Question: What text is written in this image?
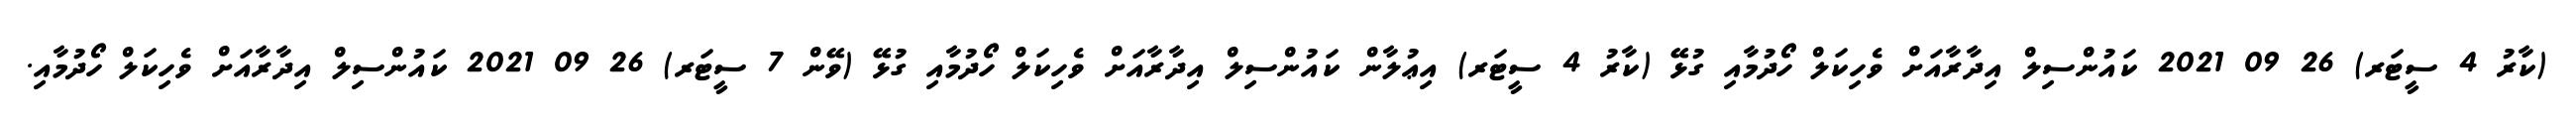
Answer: (ކާރު 4 ސީޓަރ) 26 09 2021 ކައުންސިލް އިދާރާއަށް ވެހިކަލް ހޯދުމާއި ގުޅޭ (ކާރު 4 ސީޓަރ) އިޢުލާން ކައުންސިލް އިދާރާއަށް ވެހިކަލް ހޯދުމާއި ގުޅޭ (ވޭން 7 ސީޓަރ) 26 09 2021 ކައުންސިލް އިދާރާއަށް ވެހިކަލް ހޯދުމާއި.